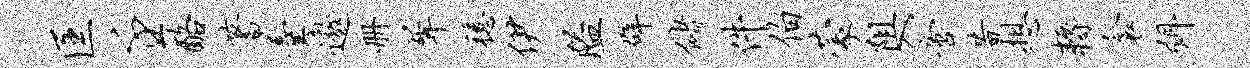
匡壬酪蓍羹遨册犀稳伊隘辟储件伯蒙阻入啻昔想耨衾弭